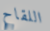
اللقاح